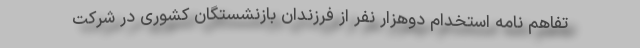
تفاهم نامه استخدام دوهزار نفر از فرزندان بازنشستگان کشوری در شرکت